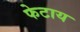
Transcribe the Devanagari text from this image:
फेटाय